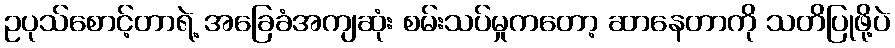
ဥပုသ်စောင့်တာရဲ့ အခြေခံအကျဆုံး စမ်းသပ်မှုကတော့ ဆာနေတာကို သတိပြုဖို့ပဲ